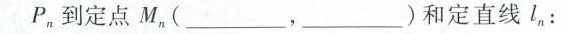
P，到定点M，(____，___)和定直线l1：